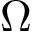
\Omega